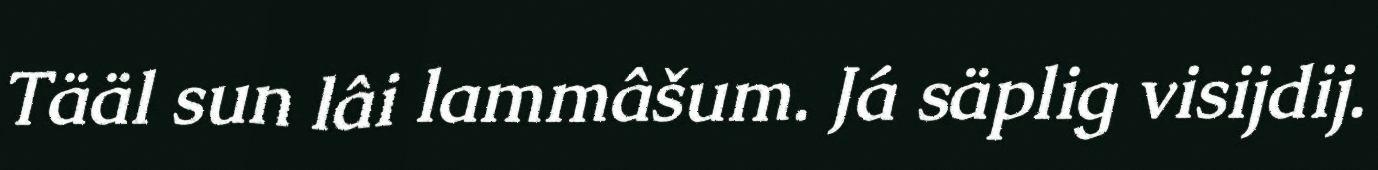
Tääl sun lâi lammâšum. Já säplig visijdij.